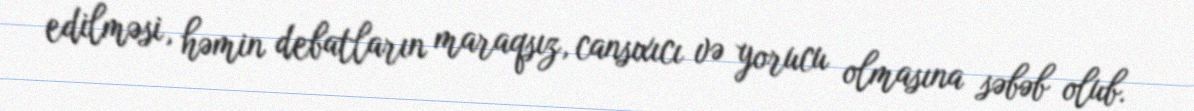
edilməsi, həmin debatların maraqsız, cansıxıcı və yorucu olmasına səbəb olub.